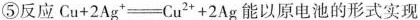
⑤反应$$C u + 2 A g ^{ + } = C u ^ { 2 + } +2 A g$$能以原电池的形式实现